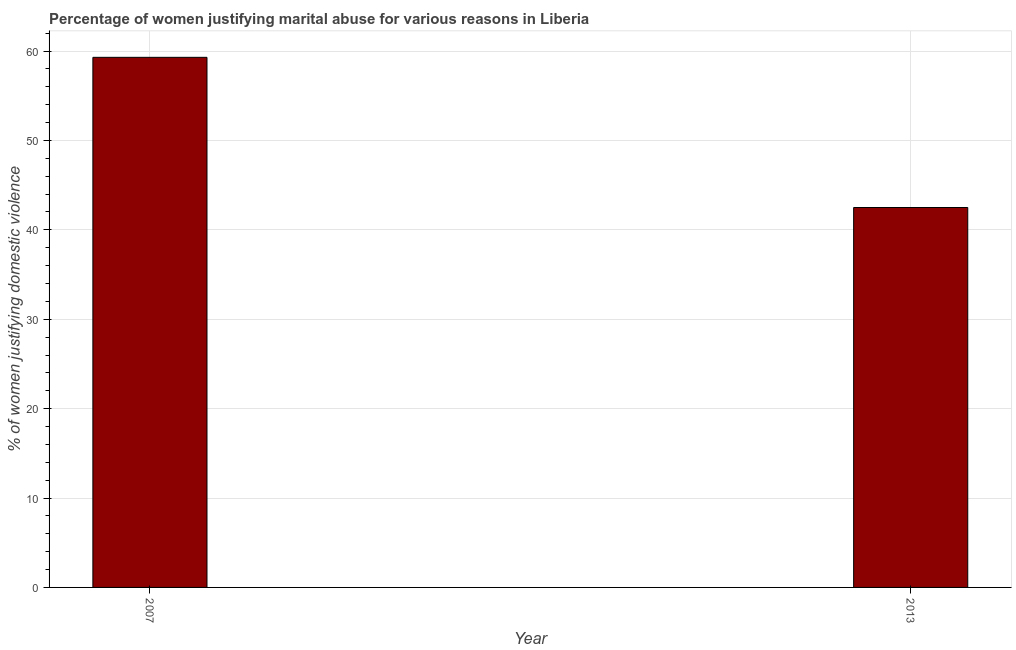
| Year | Physical abuse |
 | --- | --- |
 | 2007 | 59.3 |
 | 2013 | 42.5 |